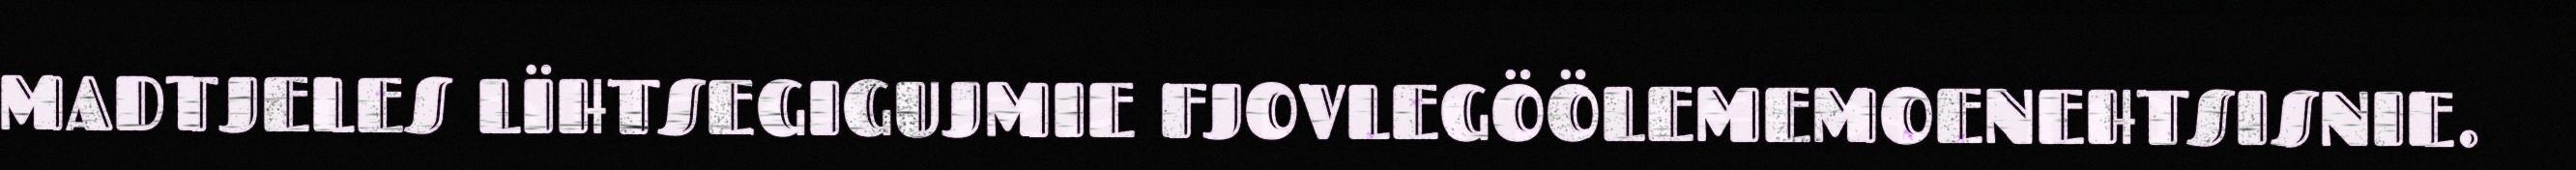
MADTJELES LÏHTSEGIGUJMIE FJOVLEGÖÖLEMEMOENEHTSISNIE.